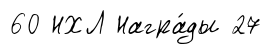
60 НХЛ Награ́ды 27